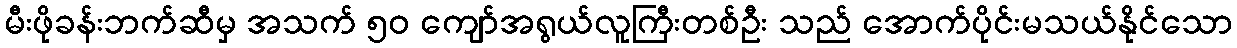
မီးဖိုခန်းဘက်ဆီမှ အသက် ၅၀ ကျော်အရွယ်လူကြီးတစ်ဦး သည် အောက်ပိုင်းမသယ်နိုင်သော